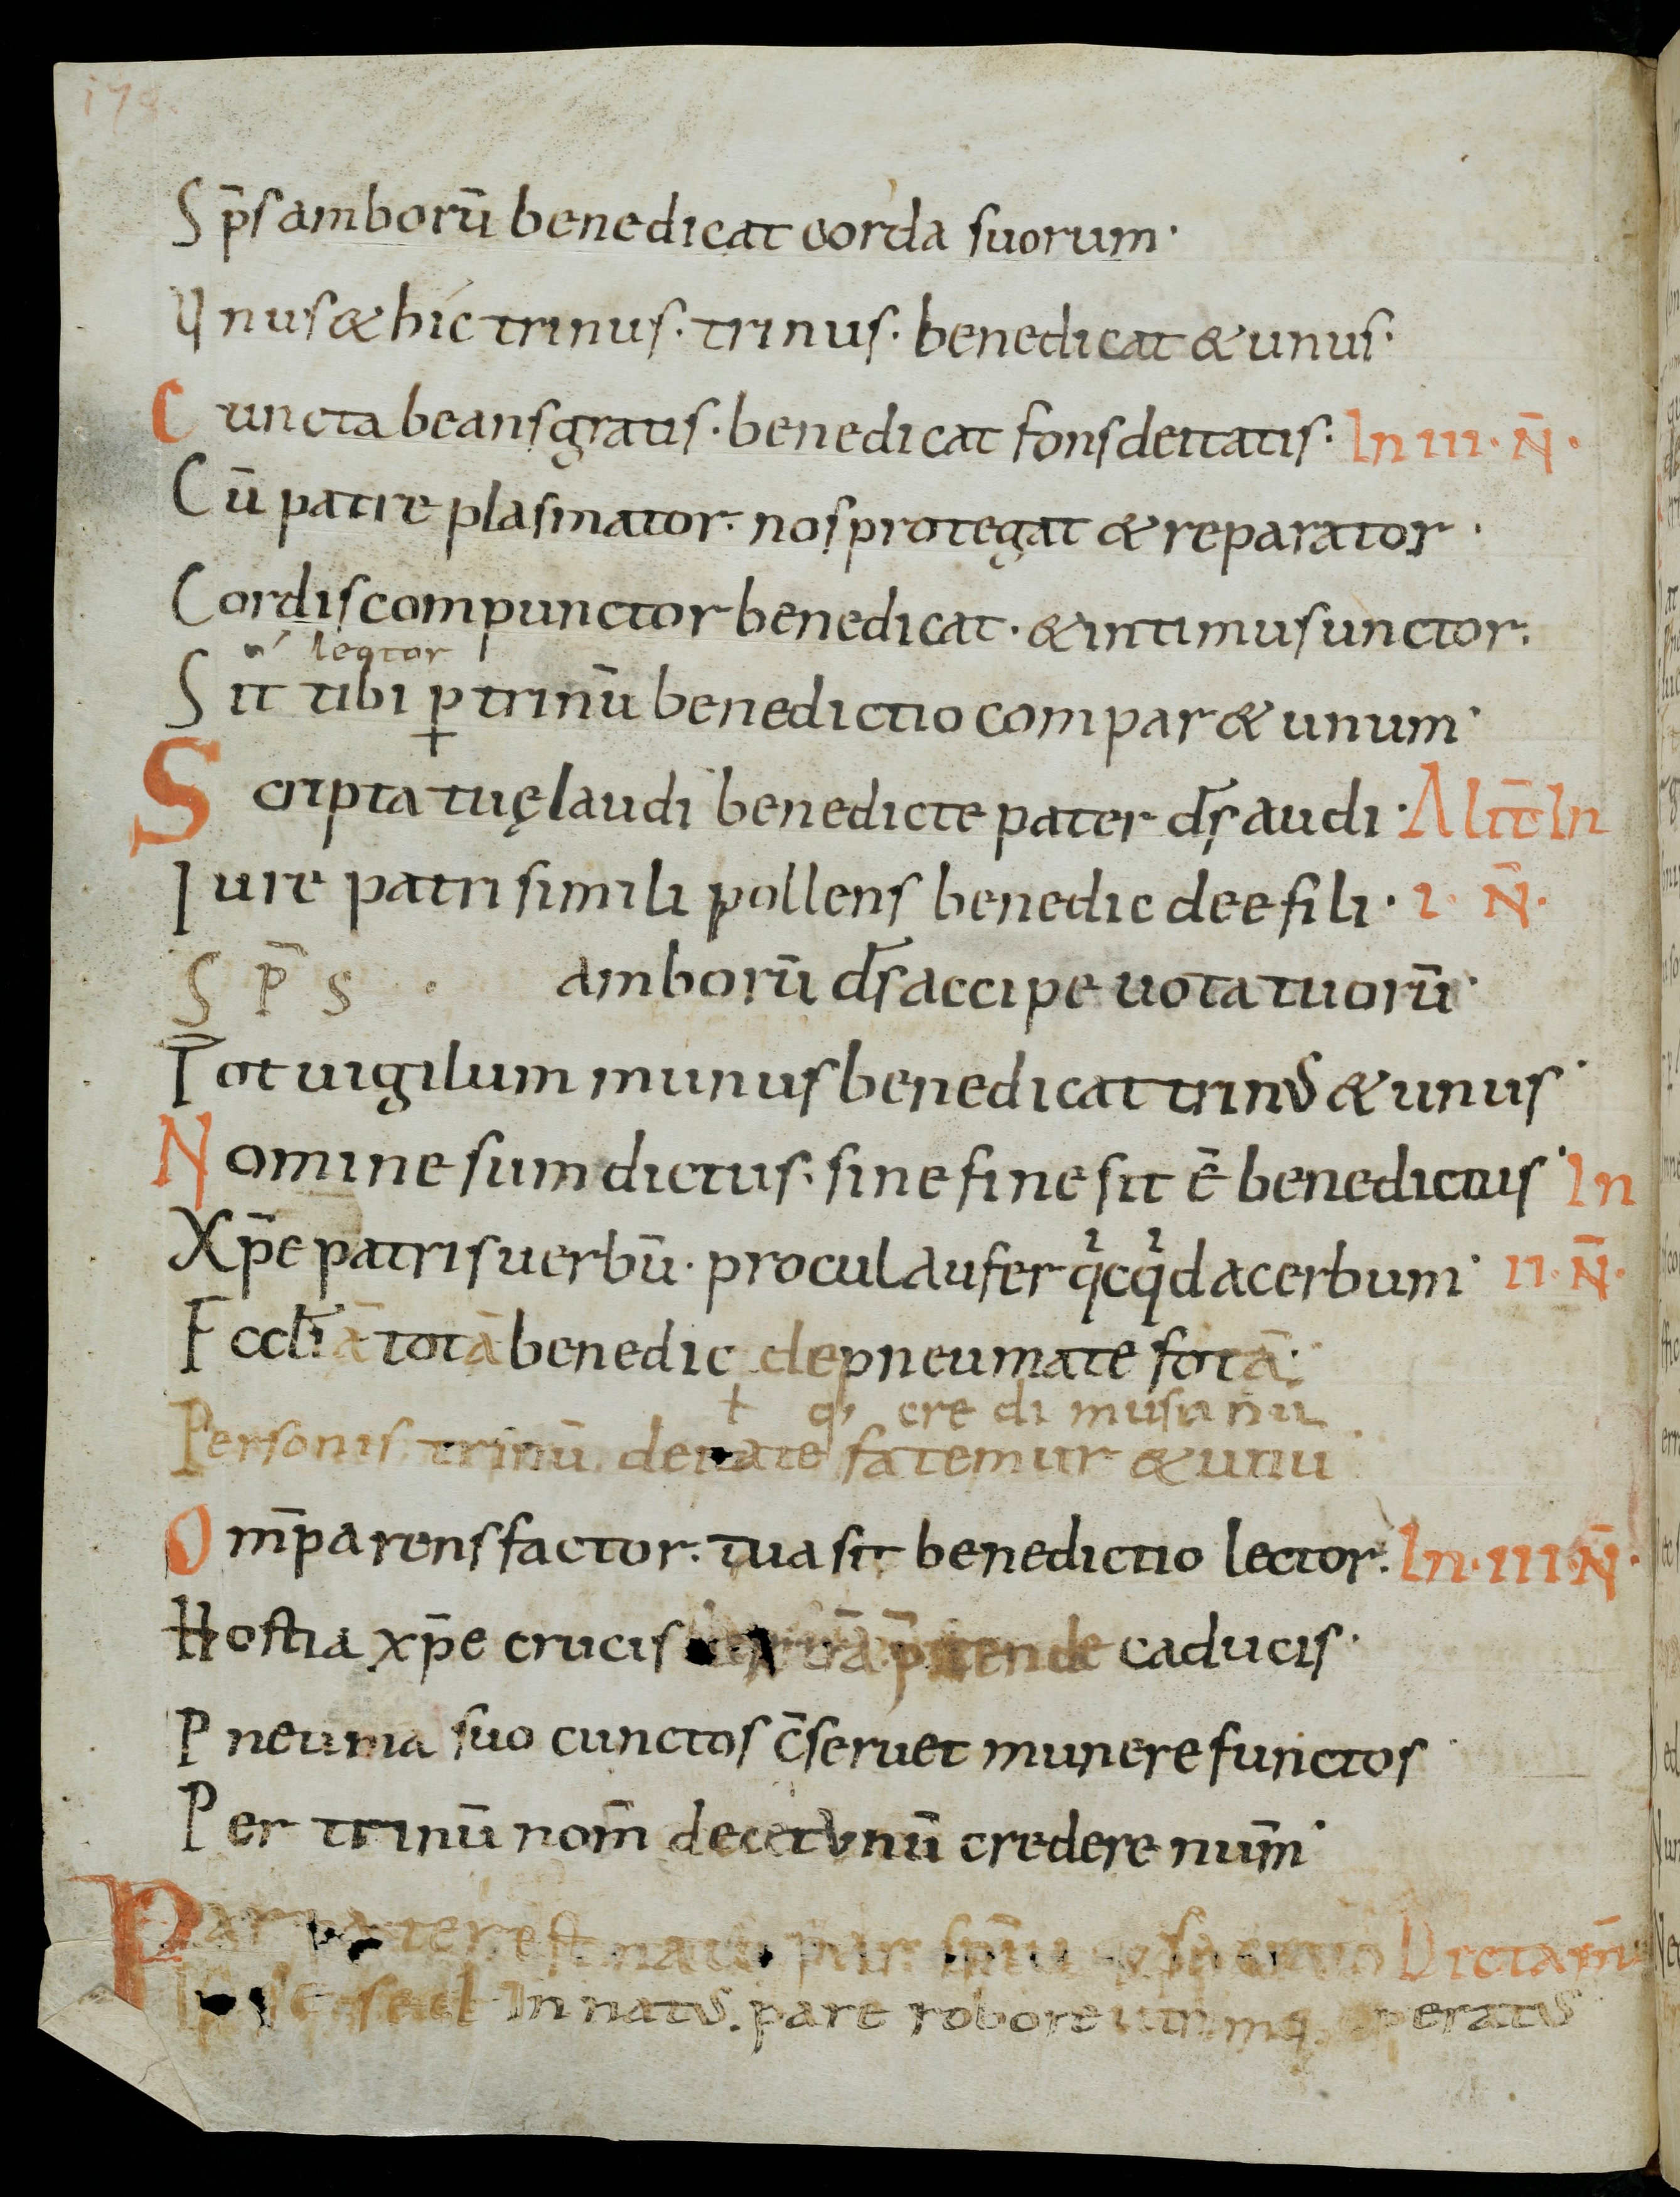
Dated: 1000–1099